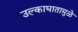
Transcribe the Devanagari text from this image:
उल्काघातामुळे